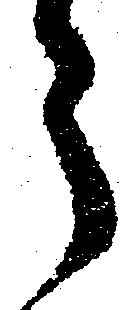
う